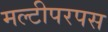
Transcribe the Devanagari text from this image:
मल्टीपरपस